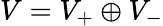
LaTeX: V=V_{+}\oplus V_{-}